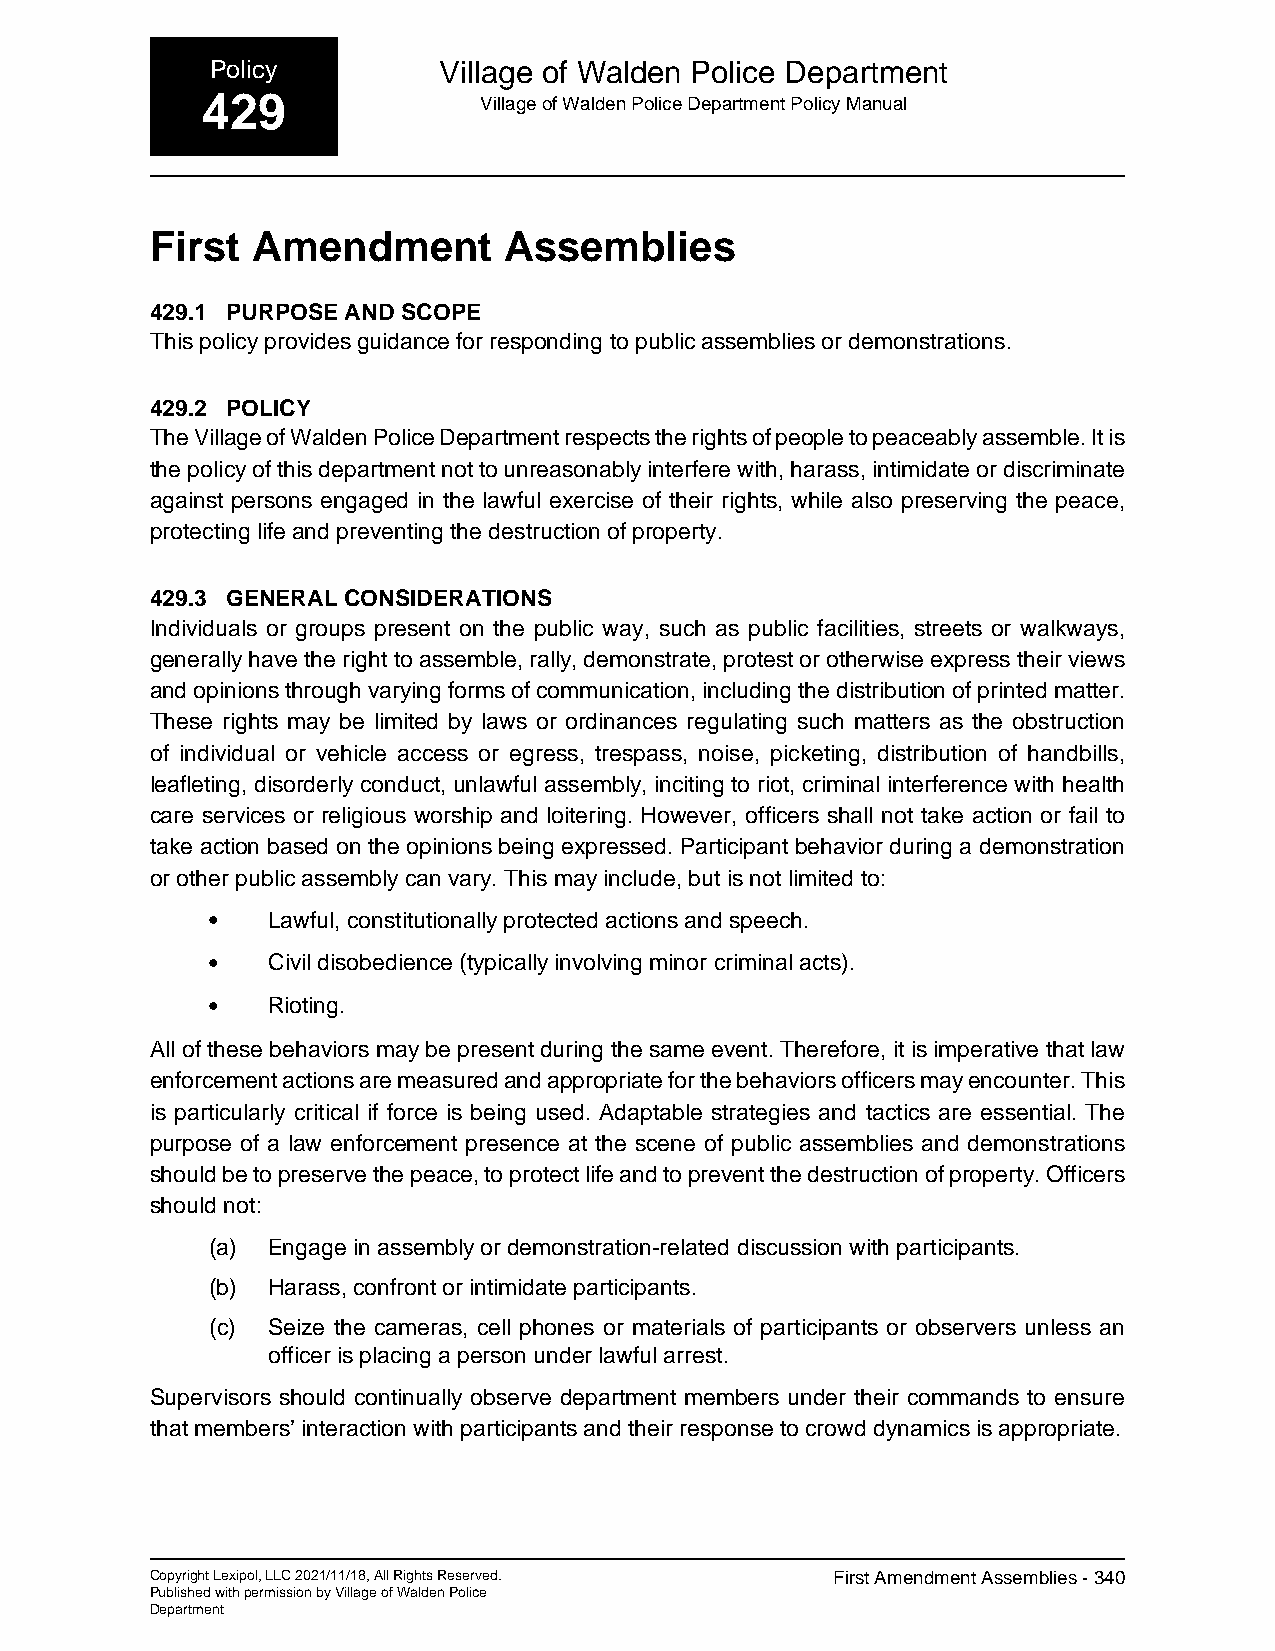
Policy         Village of Walden Police Department
 429                Village of Walden Police Department Policy Manual
 First  Amendment       Assemblies
 429.1 PURPOSE AND SCOPE
 This policy provides guidance for responding to public assemblies or demonstrations.
 429.2 POLICY
 The Village of Walden Police Department respects the rights of people to peaceably assemble. It is
 the policy of this department not to unreasonably interfere with, harass, intimidate or discriminate
 against persons engaged in the lawful exercise of their rights, while also preserving the peace,
 protecting life and preventing the destruction of property.
 429.3 GENERAL CONSIDERATIONS
 Individuals or groups present on the public way, such as public facilities, streets or walkways,
 generally have the right to assemble, rally, demonstrate, protest or otherwise express their views
 and opinions through varying forms of communication, including the distribution of printed matter.
 These rights may be limited by laws or ordinances regulating such matters as the obstruction
 of individual or vehicle access or egress, trespass, noise, picketing, distribution of handbills,
 leafleting, disorderly conduct, unlawful assembly, inciting to riot, criminal interference with health
 care services or religious worship and loitering. However, officers shall not take action or fail to
 take action based on the opinions being expressed. Participant behavior during a demonstration
 or other public assembly can vary. This may include, but is not limited to:
 •   Lawful, constitutionally protected actions and speech.
 •   Civil disobedience (typically involving minor criminal acts).
 •   Rioting.
 All of these behaviors may be present during the same event. Therefore, it is imperative that law
 enforcement actions are measured and appropriate for the behaviors officers may encounter. This
 is particularly critical if force is being used. Adaptable strategies and tactics are essential. The
 purpose of a law enforcement presence at the scene of public assemblies and demonstrations
 should be to preserve the peace, to protect life and to prevent the destruction of property. Officers
 should not:
 (a) Engage in assembly or demonstration-related discussion with participants.
 (b) Harass, confront or intimidate participants.
 (c) Seize the cameras, cell phones or materials of participants or observers unless an
 officer is placing a person under lawful arrest.
 Supervisors should continually observe department members under their commands to ensure
 that members’ interaction with participants and their response to crowd dynamics is appropriate.
 Copyright Lexipol, LLC 2021/11/18, All Rights Reserved. First Amendment Assemblies - 340
 Published with permission by Village of Walden Police
 Department